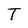
Character: T